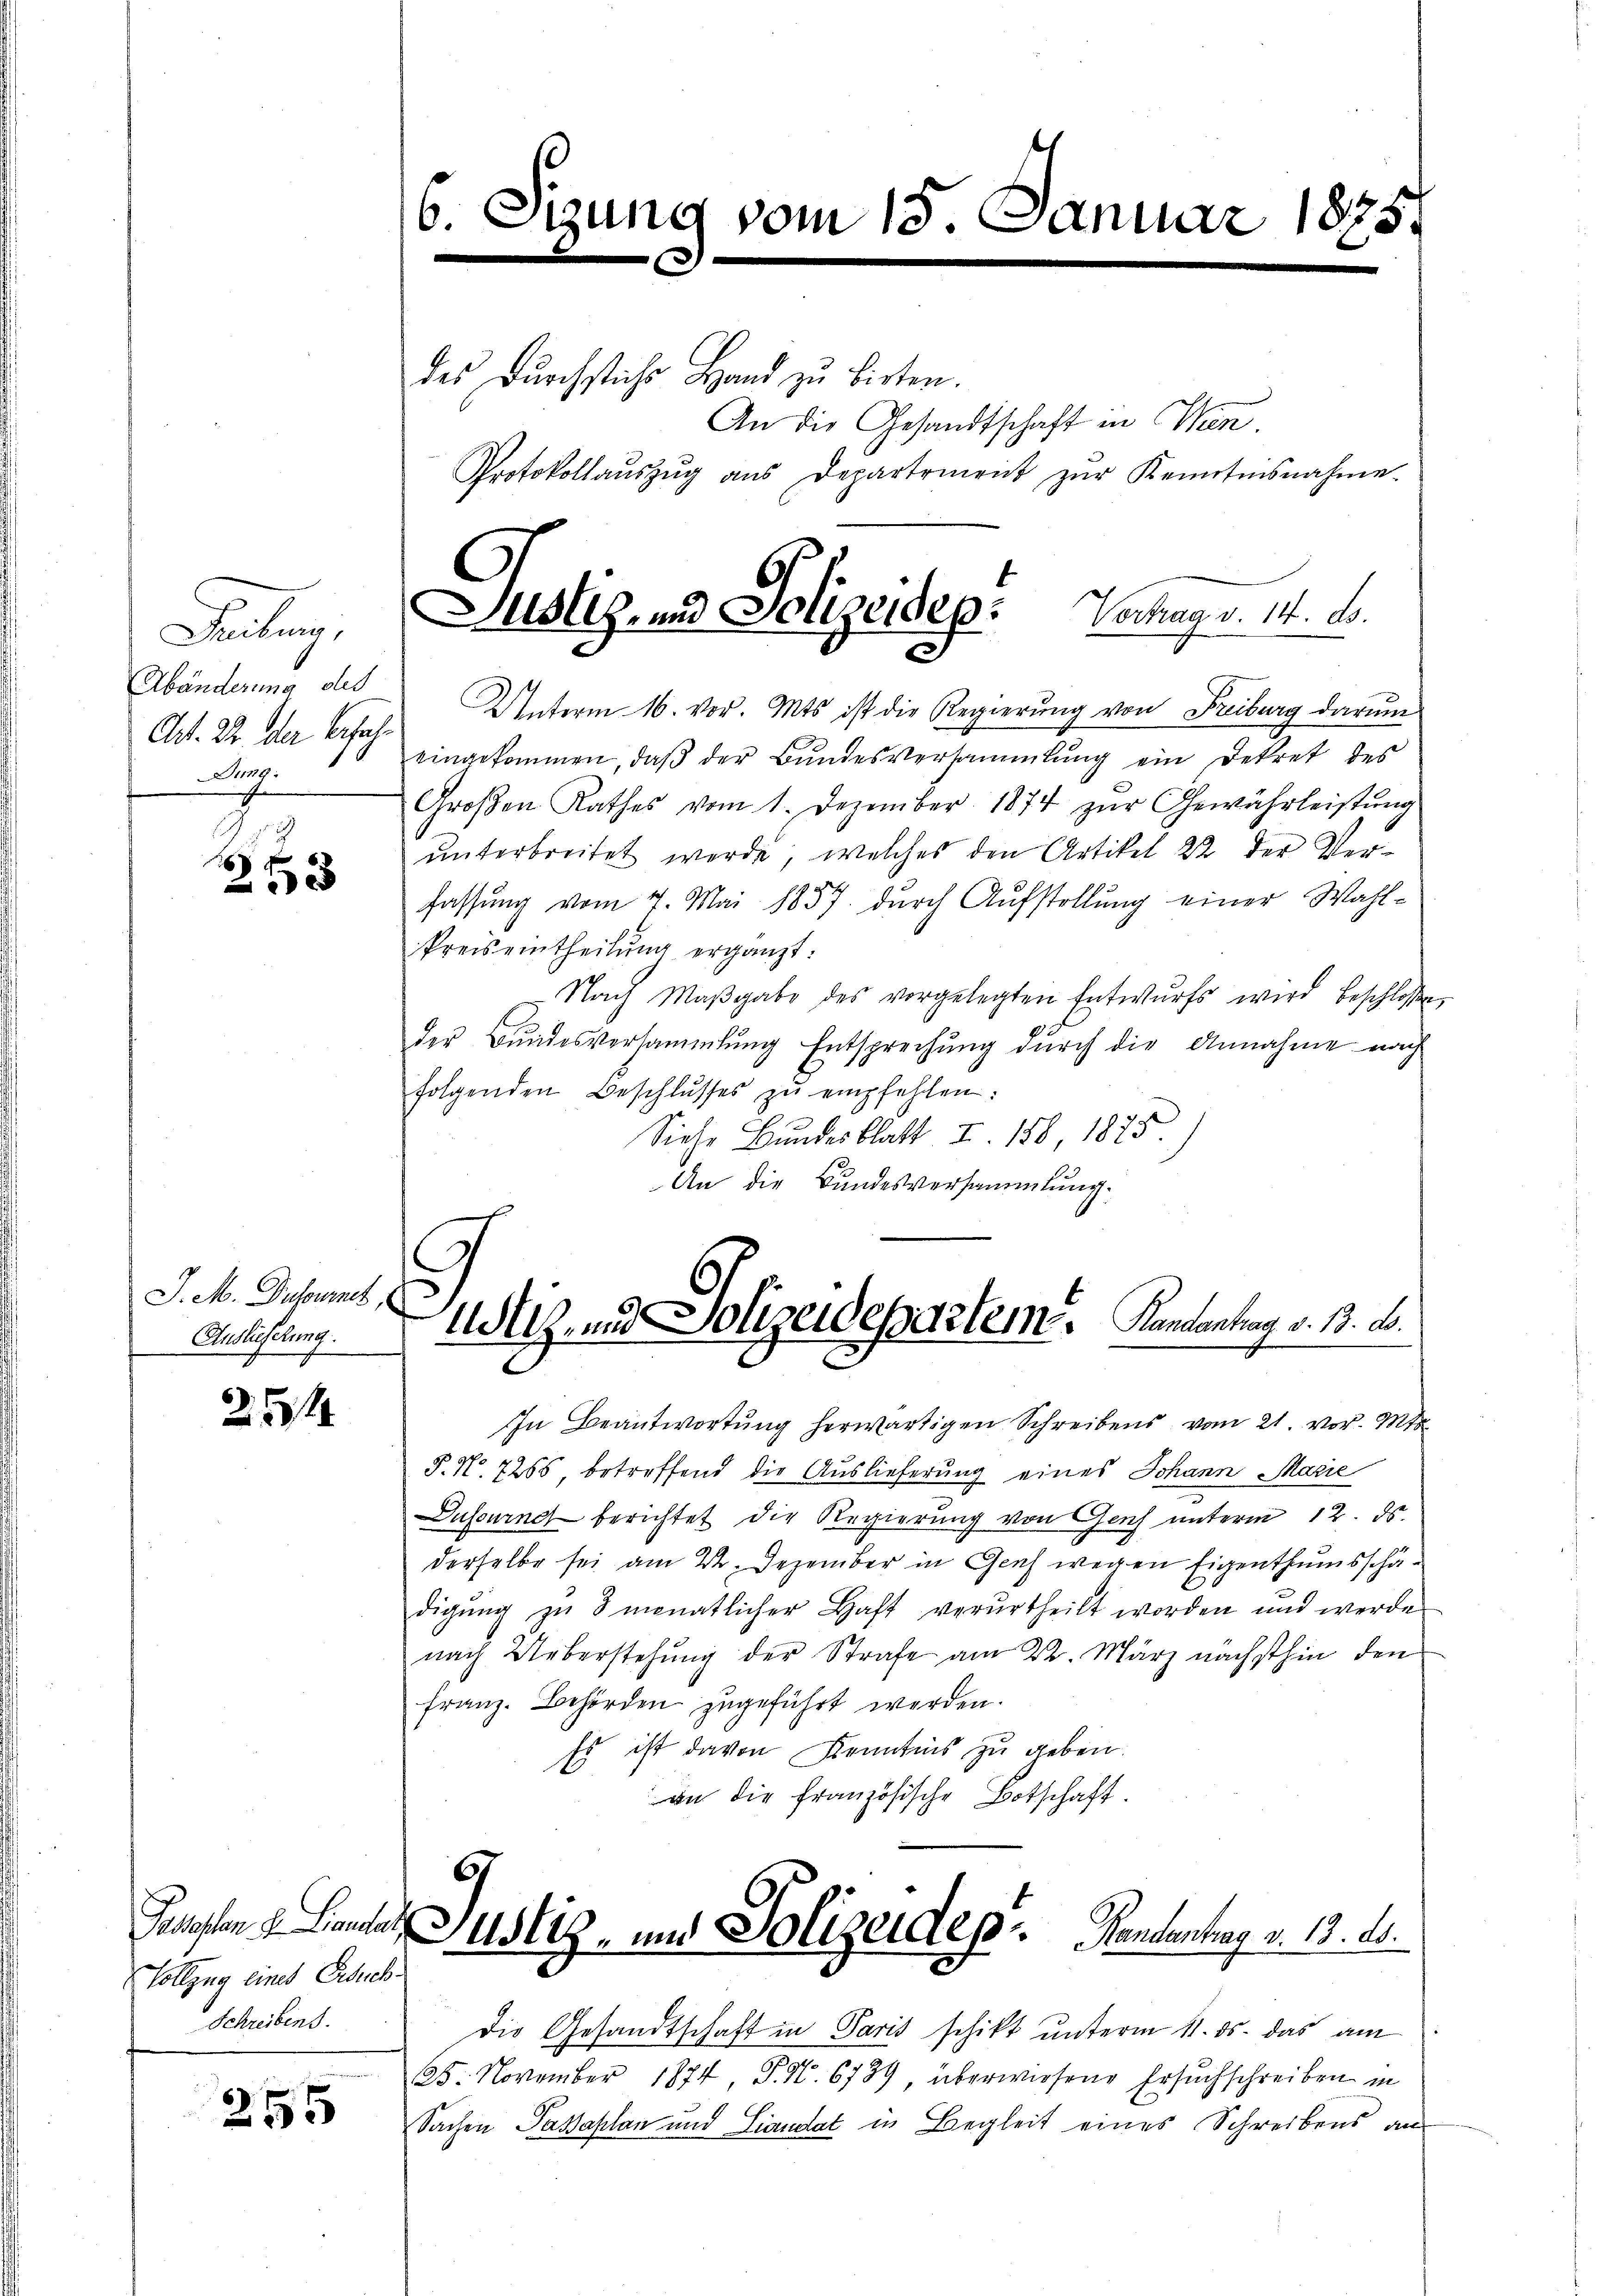
Feilenz,
Abänderung des
Aug.

i
6
e
5

J. M. Dasoumet,
Auslieferung.

25

Vollzug eines Ersuch¬
Schreibens.

255

6. S

des Durchstich Hand zu bisten.
An die Gesandtschaft in Win¬
Protokollaŭszŭg aŭs Departement zŭr Kenntnisnahme

zung vom 15. Januar 1875.

Justiz- und Polizeidep: Vertrag v. 14. d.
d

Utiz- und Polizeidepartem. Kantantrag v. 13. d.

Art. 22 der Erfahr Unterm 16. vor. Mts ist die Regierung von Freiburg darum
eingekommen, daß der Bundesversammlung ein Dekret des
Groβen Rathes vom 1. Dezember 1874 zŭr Gewährleistŭng
unterbreitet werde, welches den Artikel 22 der Verfassung vom 7. Mai 1857 durch Aufstellung einer Wahl¬
Preiseintheilŭng ergänzt:
Nach Maβgabe des vorgelegten Entwurfs wird beschlossen,
der Bundesversammlung Entsprechung durch die Annahme nach
folgenden Beschlŭsses zŭ empfehlen:
Siehe Bundesblatt Z. 158, 1875
An die Bundesversammlung.

In Beantwortung herwärtigen Schreibens vom 21. vor. Mts.
P. Nr. 7255, betreffend die Auslieferung eines Johann Marie
Dufourne berichtet die Regierung von Gesch unterm 12. ds.
derselbe sei am 22. Dezember in Genf wegen Eigenthumsschädigŭng zŭ 3 monatlicher Haft verurtheilt worden und werde
nach Ueberstehung der Strafe am 24. März nächsthin den
Franz. Behörden zugeführt werden.
Es ist davon Kenntnis zu geben.
an die französische Botschaft.

67
Gesellen u. Lander Justiz- und Polizeides. Handantrag v. 19. ds.

Die Gesandtschaft in Paris schikt unterm 11. ds. das am
25. November 1874 P. Nr. 6789, überwiesene Ersuchschreiben in
Sachen Pakaplan und Landat in Begleit eines Schreibens an